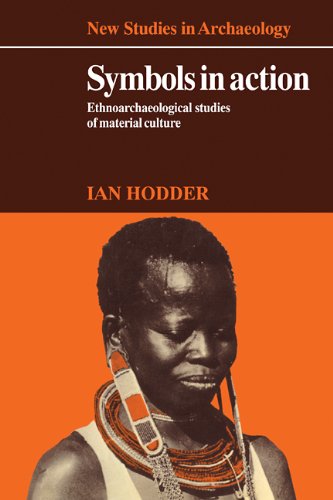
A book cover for Symbols in Action: Ethnoarchaeological Studies of Material Culture (New Studies in Archaeology); Ian Hodder; History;